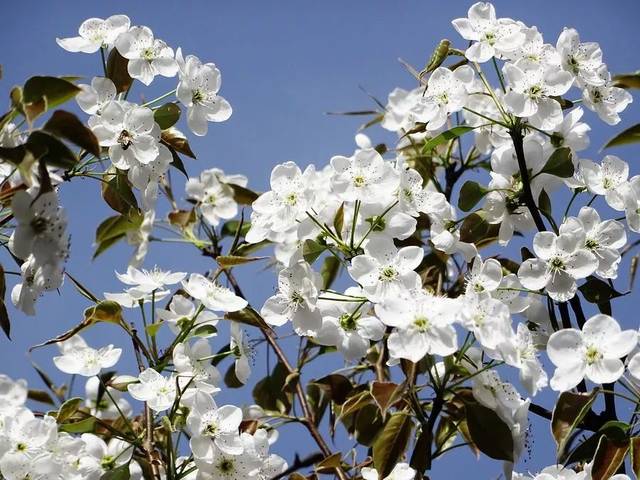
雨后寒轻，风前香软，春在梨花。